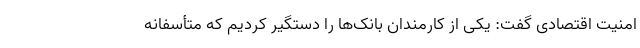
امنیت اقتصادی گفت: یکی از کارمندان بانک‌ها را دستگیر کردیم که متأسفانه